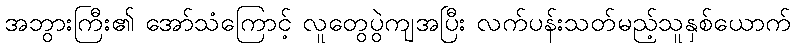
အဘွားကြီး၏ အော်သံကြောင့် လူတွေပွဲကျအပြီး လက်ပန်းသတ်မည့်သူနှစ်ယောက်